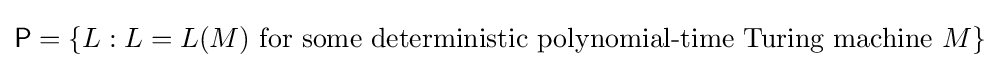
{\mathsf {P}}=\{L:L=L(M){\text{ for some deterministic polynomial-time Turing machine }}M\}